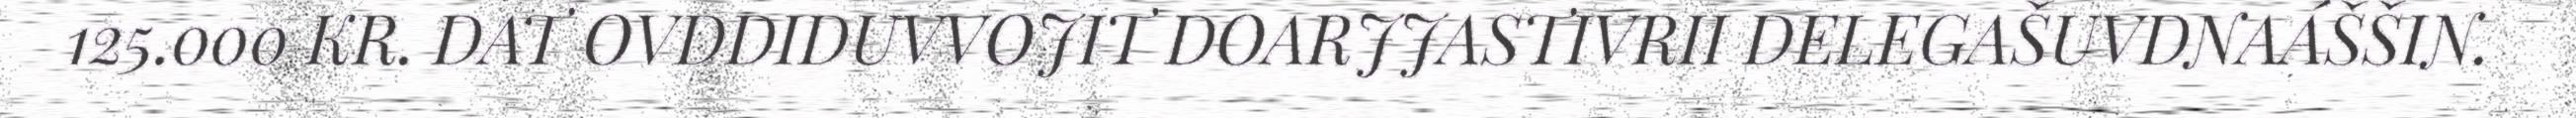
125.000 KR. DAT OVDDIDUVVOJIT DOARJJASTIVRII DELEGAŠUVDNAÁŠŠIN.